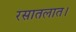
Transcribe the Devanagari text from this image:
रसातलात।